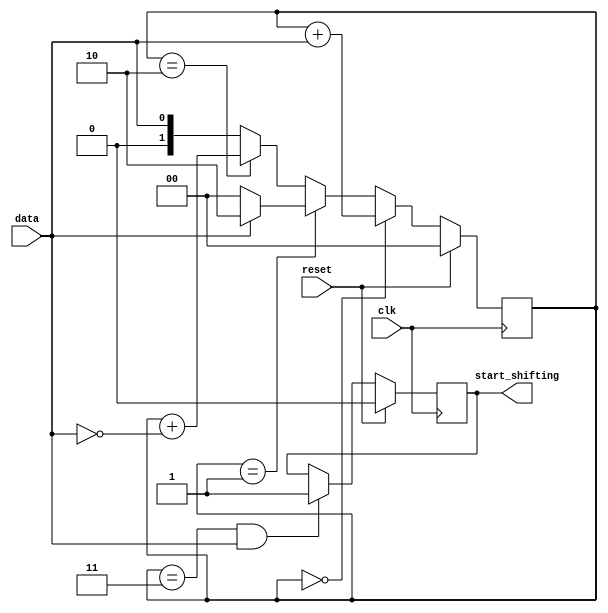
module top_module (
    input clk,
    input reset,      // Synchronous reset
    input data,
    output start_shifting);

    reg [1:0] cs, ns;

    always @(*) begin
      if (cs == 0)
        ns = cs + data;
      else if (cs == 1)
        ns = data ? 2 : 0;
      else if (cs == 2)
        ns = cs + (data == 0);
      else
        ns = data;
    end

    always @(posedge clk) begin
      if (reset)
        cs <= 0;
      else
        cs <= ns;
    end

    always @(posedge clk) begin
      if (reset)
        start_shifting <= 0;
      else if (cs == 3 && data)
        start_shifting <= 1;
      else
        start_shifting <= start_shifting;
    end
endmodule